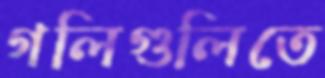
গলিগুলিতে